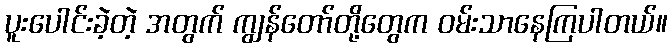
ပူးပေါင်းခဲ့တဲ့ အတွက် ကျွန်တော်တို့တွေက ဝမ်းသာနေကြပါတယ်။